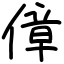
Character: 傽